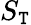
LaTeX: S_{\mathtt{T}}